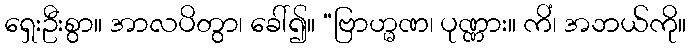
ရှေးဦးစွာ။ အာလပိတွာ၊ ခေါ်၍။ “ဗြာဟ္မဏ၊ ပုဏ္ဏား။ ကိံ၊ အဘယ်ကို။